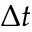
\Delta t